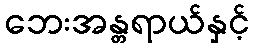
ဘေးအန္တရာယ်နှင့်